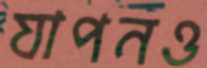
যাপনও